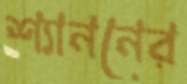
শ্যাননের